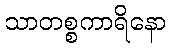
သာတစ္စကာရိနော